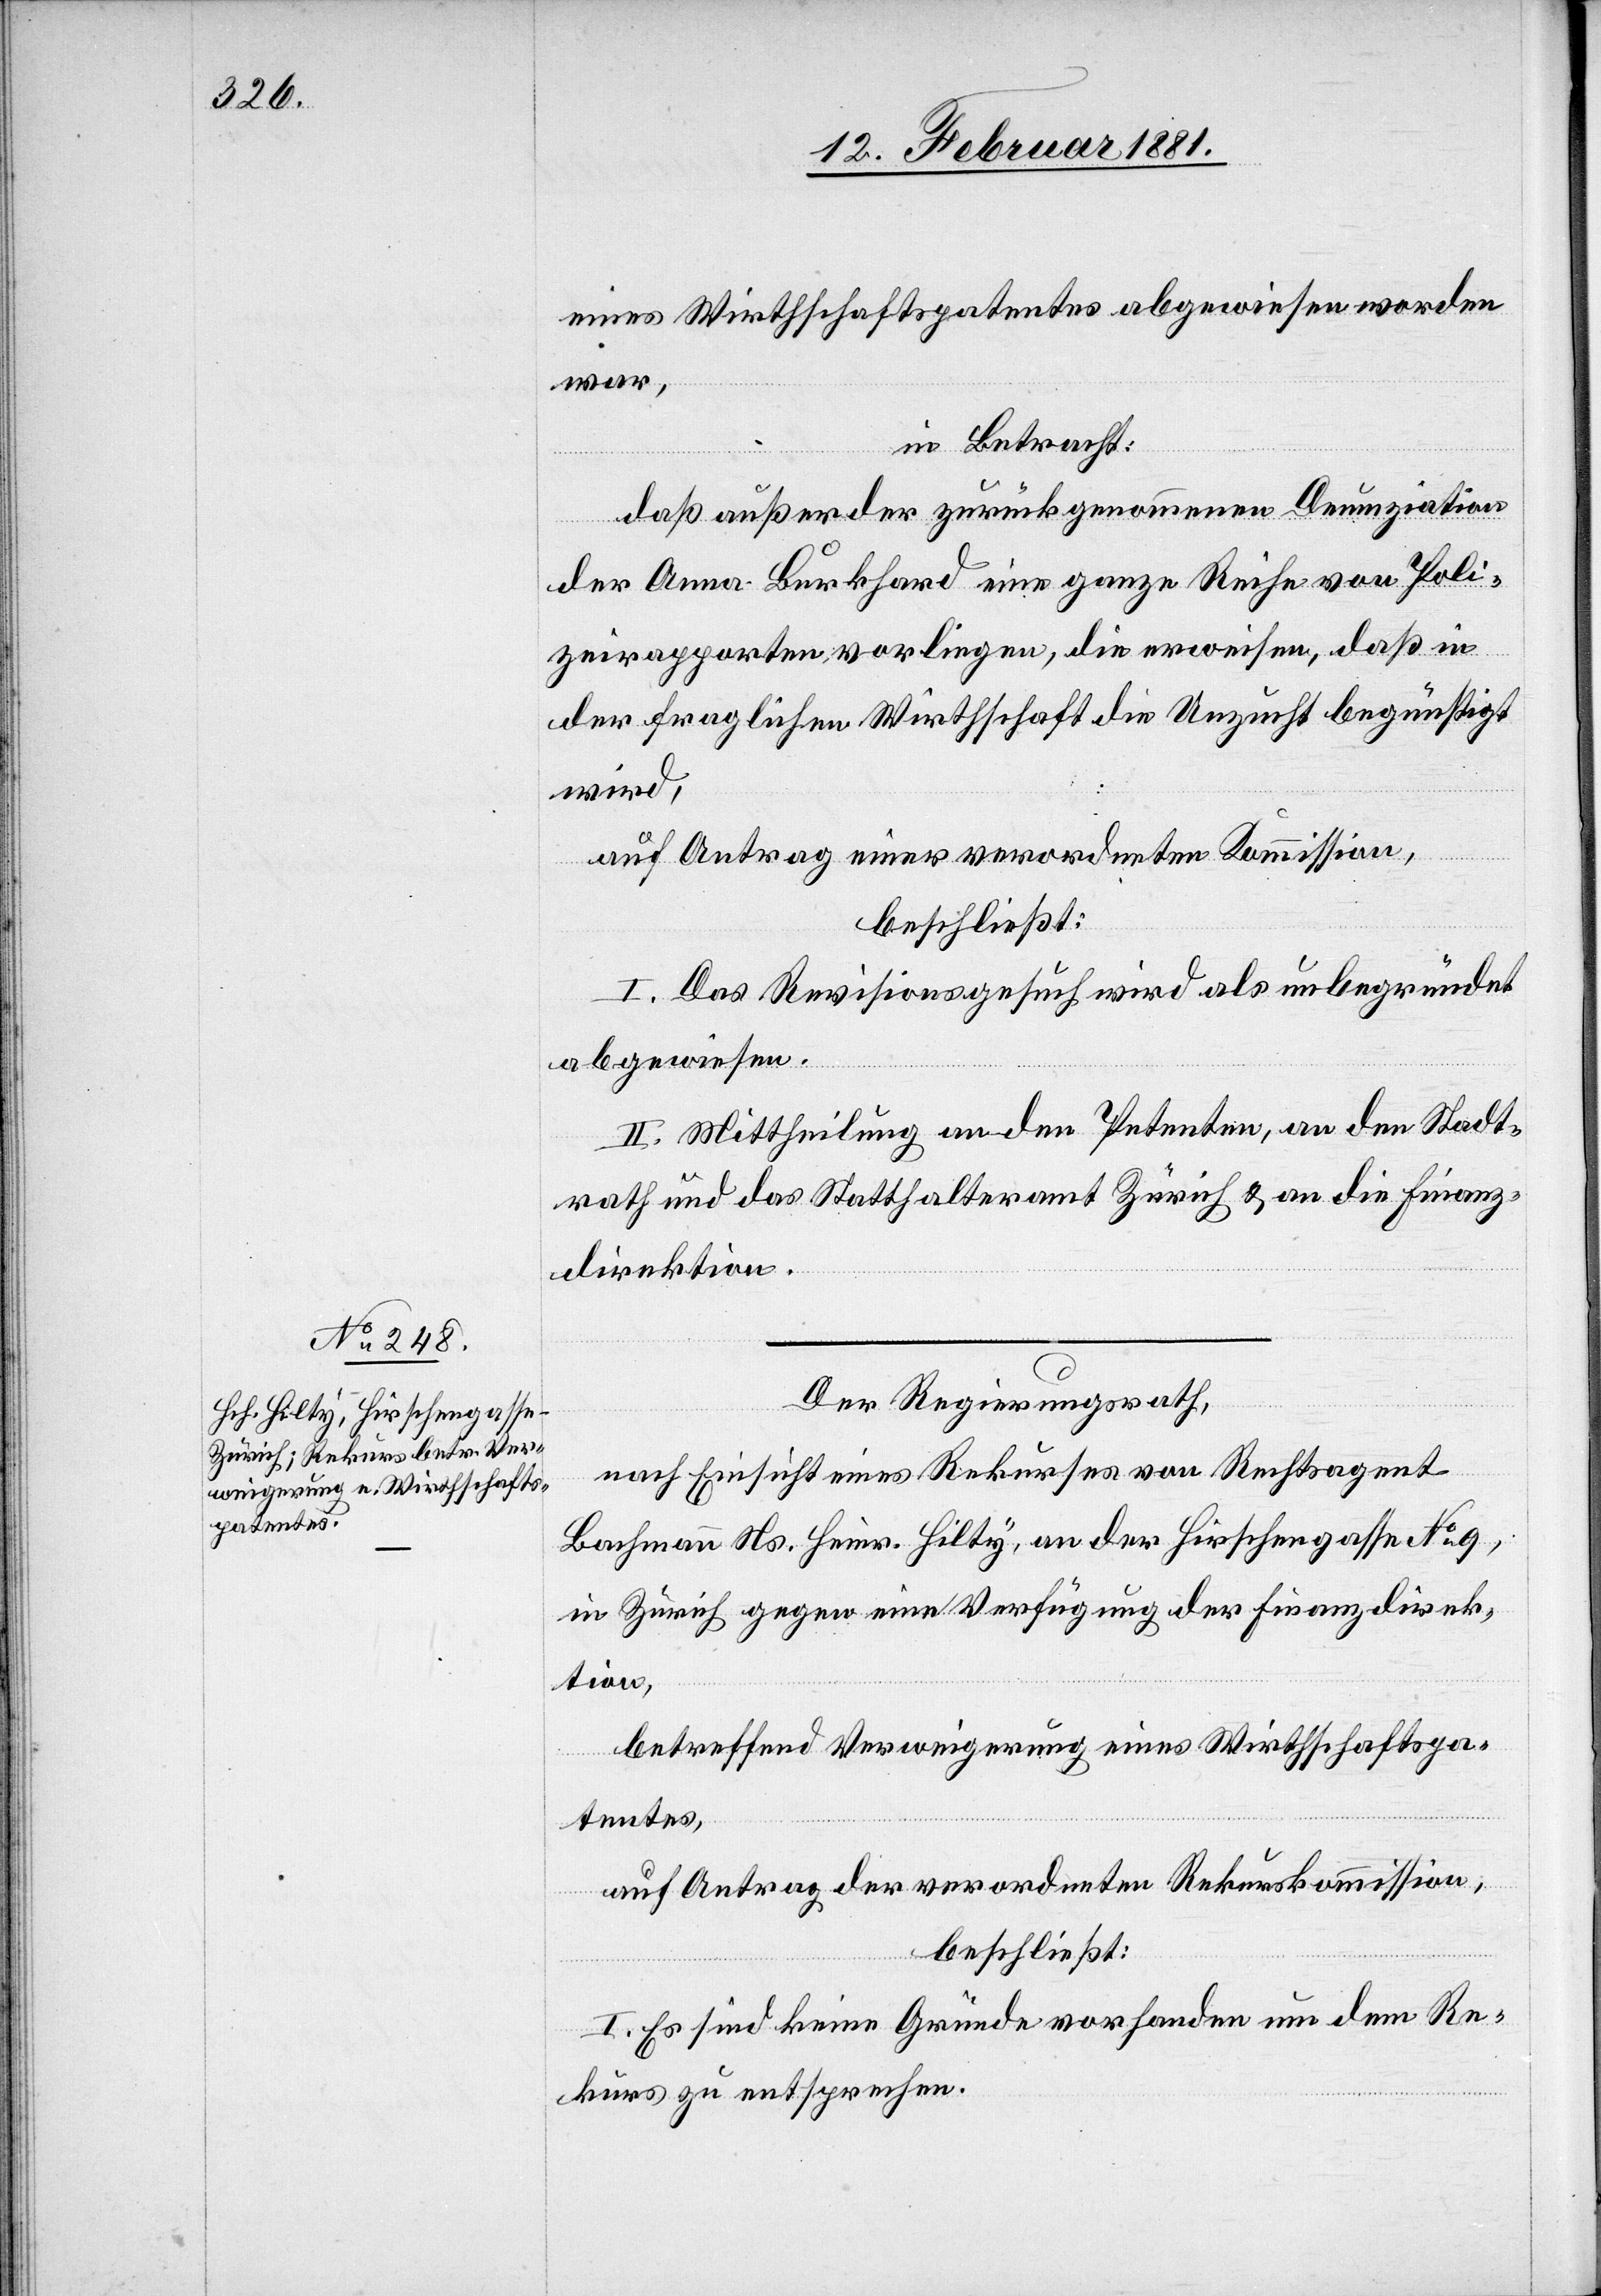
eine Wirthschaftspatentes abgewiesen worden
war,
in Betracht:
daß außer der zurückgenommenen Denunziation
der Anna Burkhard eine ganze Reihe von Poli¬
zeiapparaten vorliegen, die erweisen, daß in
der fraglichen Wirthschaft die Unzucht begünstigt
wird,
auf Antrag einer verordneten Kommission,
beschließt:
I. Das Revisionsgesuch wird als unbegründet
abgewiesen.
II. Mittheilung an den Petenten, an den Stadt¬
rath und das Statthalteramt Zürich & an die Finanz¬
direktion.
Der Regierungsrath,
nach Einsicht eines Rekurses von Rechtsagent
Bachmann Ns. Heinr. Hilty, an der Hirschengasse No 9,
in Zürich gegen eine Verfügung der Finanzdirek¬
tion,
betreffend Verweigerung eines Wirthschaftspa¬
tentes,
auf Antrag der verordneten Rekurskommission,
beschließt:
I. Es sind keine Gründe vorhanden um dem Re¬
kurs zu entsprechen.